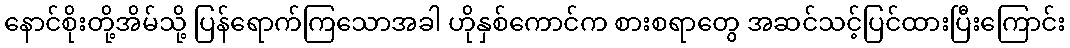
နောင်စိုးတို့အိမ်သို့ ပြန်ရောက်ကြသောအခါ ဟိုနှစ်ကောင်က စားစရာတွေ အဆင်သင့်ပြင်ထားပြီးကြောင်း